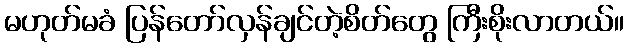
မဟုတ်မခံ ပြန်တော်လှန်ချင်တဲ့စိတ်တွေ ကြီးစိုးလာတယ်။